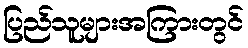
ပြည်သူများအကြားတွင်